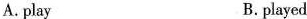
A.play B.played